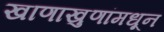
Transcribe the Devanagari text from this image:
खाणाखुणांमधून